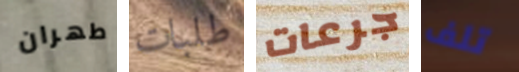
طهران طلبات جرعات تلف